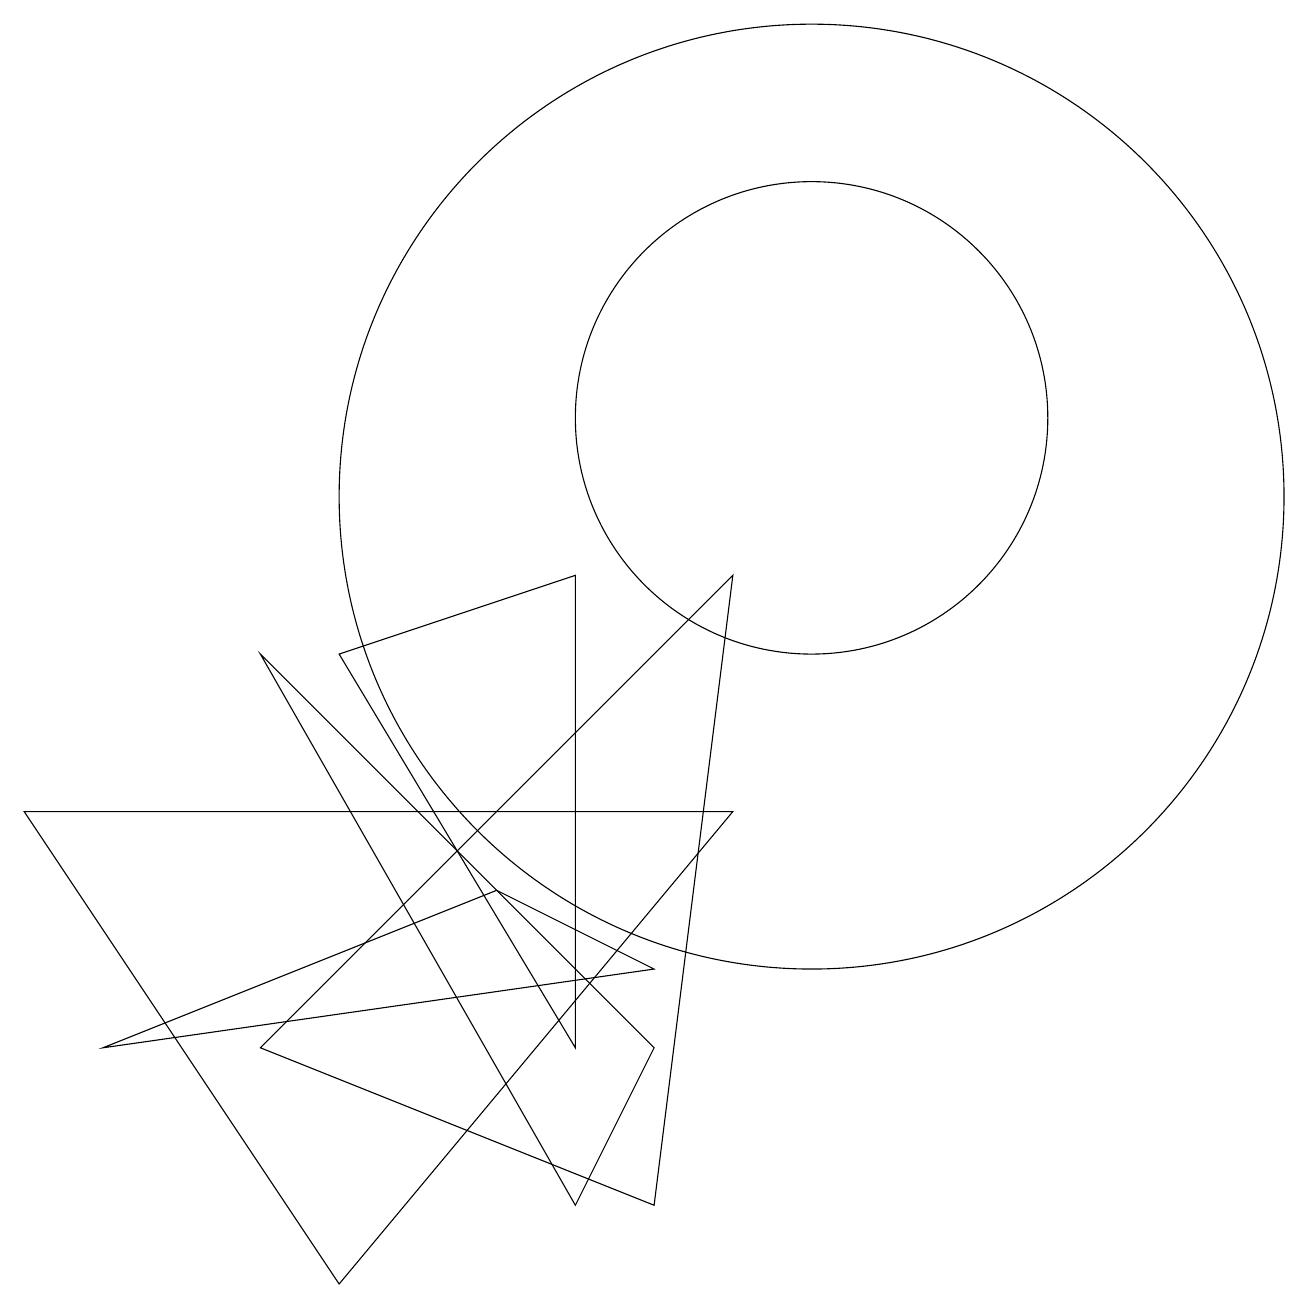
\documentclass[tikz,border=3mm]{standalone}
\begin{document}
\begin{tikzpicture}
\draw (9,9) -- (3,3) -- (8,1) -- cycle;
\draw (3,8) -- (8,3) -- (7,1) -- cycle;
\draw (4,8) -- (7,3) -- (7,9) -- cycle;
\draw (6,5) -- (1,3) -- (8,4) -- cycle;
\draw (10,11) circle (3);
\draw (4,0) -- (9,6) -- (0,6) -- cycle;
\draw (10,10) circle (6);
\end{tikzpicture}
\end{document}